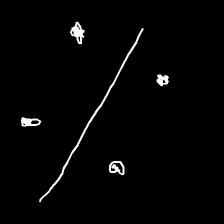
Glyph: cool